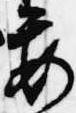
要